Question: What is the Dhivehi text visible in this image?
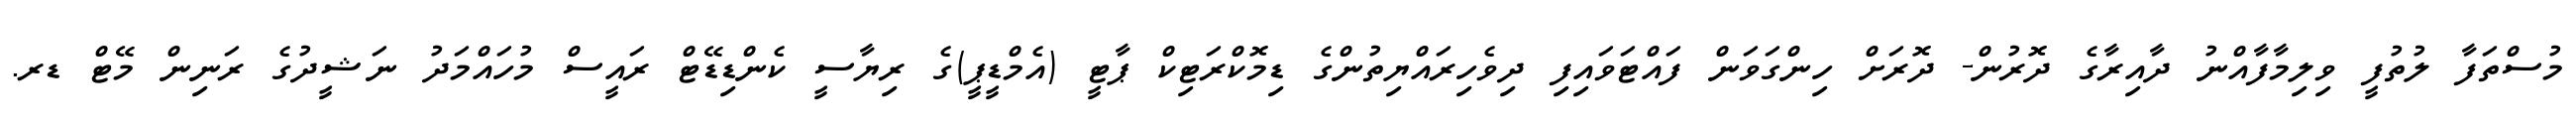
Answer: މުސްތަފާ ލުތުފީ ވިލިމާފާއްނު ދާއިރާގެ ދޮރުން- ދޮރަށް ހިންގަވަން ފައްޓަވައިފި ދިވެހިރައްޔިތުންގެ ޑިމޮކްރަޓިކް ޕާޓީ (އެމްޑީޕީ)ގެ ރިޔާސީ ކެންޑިޑޭޓް ރައީސް މުހައްމަދު ނަޝީދުގެ ރަނިން މޭޓް ޑރ.